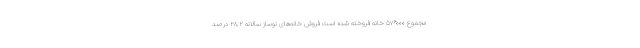
مجموع ۵۷۶۰۰۰ خانه فروخته شده است فروش خانه‌های نوساز سالانه ۲۸.۲ درصد